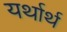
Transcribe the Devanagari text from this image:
यर्थार्थ